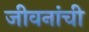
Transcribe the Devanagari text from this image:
जीवनांची